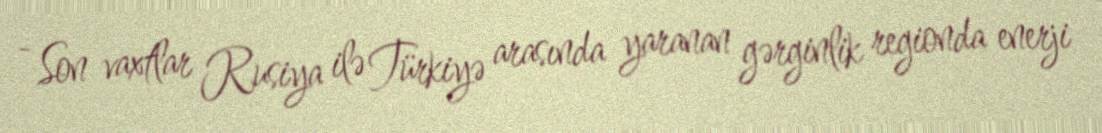
- Son vaxtlar Rusiya ilə Türkiyə arasında yaranan gərginlik regionda enerji